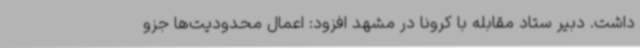
داشت. دبیر ستاد مقابله با کرونا در مشهد افزود: اعمال محدودیت‌ها جزو